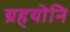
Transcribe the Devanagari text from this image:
ग्रहयोनि